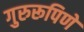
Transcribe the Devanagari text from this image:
गुरुरूपिणे